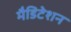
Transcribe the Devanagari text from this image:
मैडिटेशन